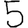
Digit: 5